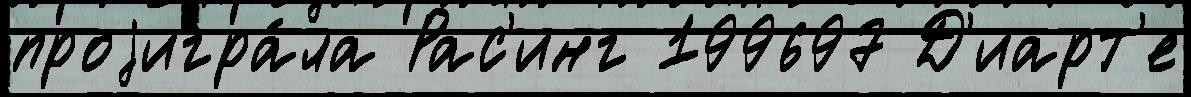
проjигра́ла Рас'инг 199697 Д'иарт'е